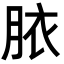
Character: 𭨳